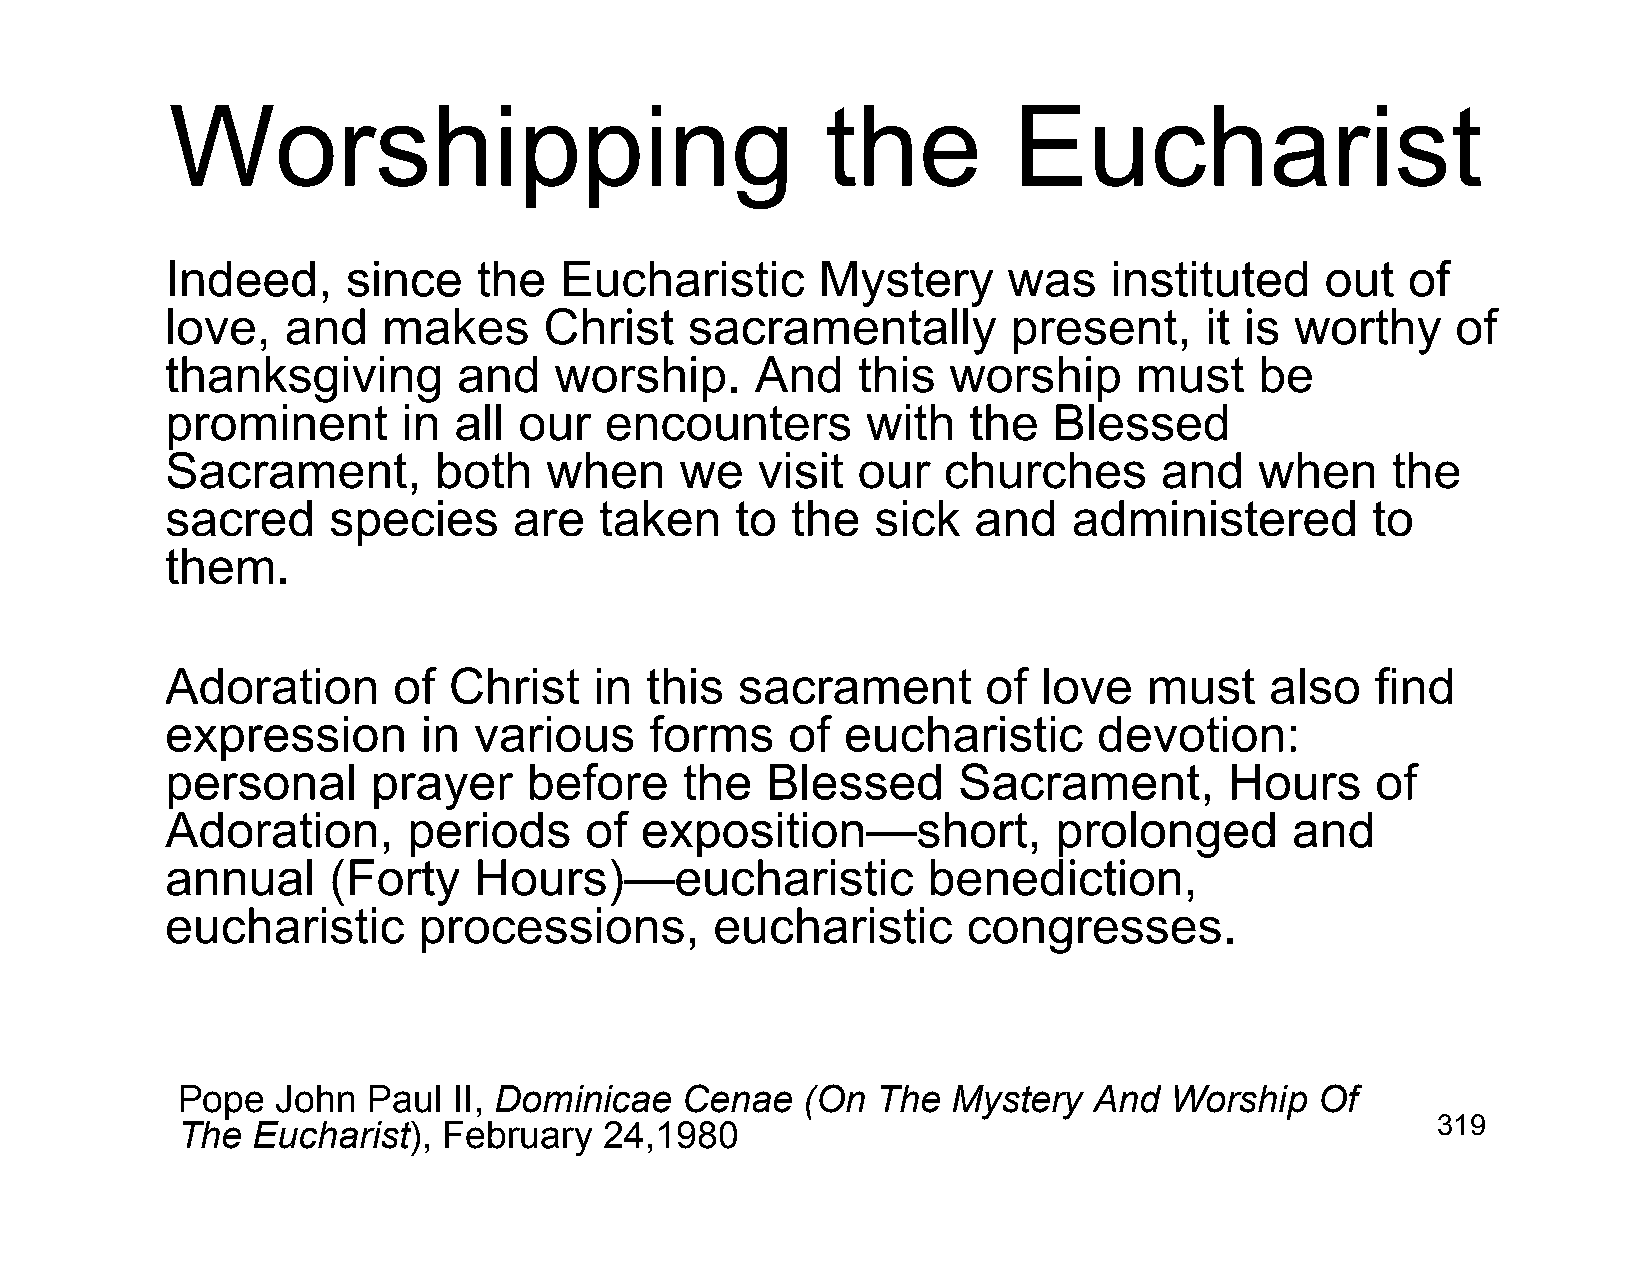
Worshipping                                 the         Eucharist
 Indeed,     since    the  Eucharistic      Mystery      was   instituted     out  of
 love,   and   makes      Christ    sacramentally        present,     it is worthy    of
 thanksgiving       and    worship.     And    this  worship     must    be
 prominent       in all our   encounters       with   the   Blessed
 Sacrament,        both   when     we   visit  our  churches       and   when     the
 sacred     species     are   taken    to the   sick  and    administered        to
 them.
 Adoration      of  Christ   in  this  sacrament       of  love   must    also   find
 expression       in various     forms    of  eucharistic      devotion:
 personal      prayer    before    the   Blessed     Sacrament,        Hours     of
 Adoration,      periods     of exposition—short,           prolonged      and
 annual     (Forty   Hours)—eucharistic            benediction,
 eucharistic      processions,       eucharistic      congresses.
 Pope  John  Paul  II, Dominicae  Cenae   (On  The  Mystery  And  Worship   Of
 The  Eucharist), February   24,1980                                                319